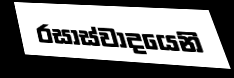
රසාස්වාදයෙනි